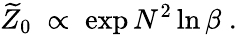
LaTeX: \widetilde{Z}_{0}\; \propto\; \exp N^{2}\ln\beta\; .